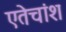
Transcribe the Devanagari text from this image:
एतेचांश